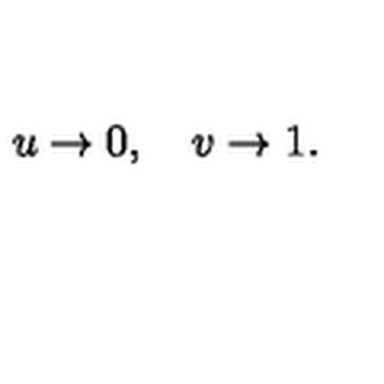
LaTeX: u \rightarrow 0 , \quad v \rightarrow 1 .